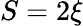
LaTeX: S=2\xi